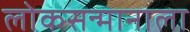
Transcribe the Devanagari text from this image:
लोकसन्मानाला